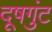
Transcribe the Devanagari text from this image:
दूषगुंट